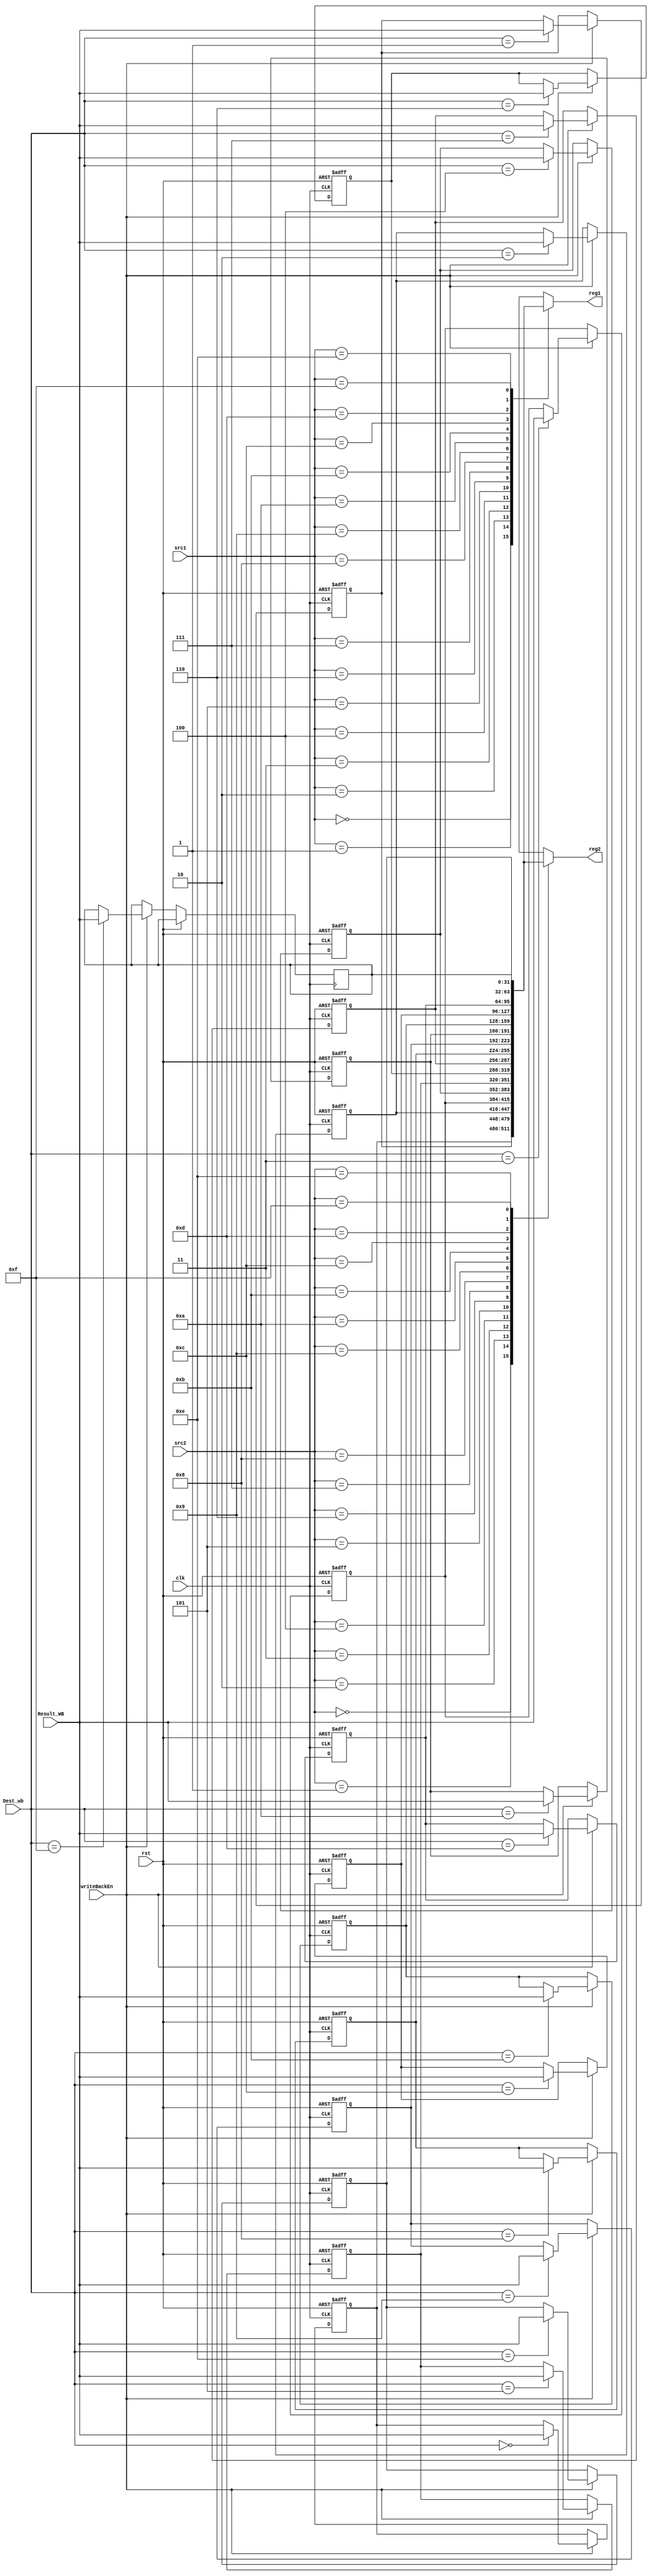
module RegisterFile (
    clk, rst,
    src1, src2, Dest_wb,
    Result_WB,
    writeBackEn,
    reg1, reg2
);
    input clk, rst;
    input [3:0] src1, src2, Dest_wb;
    input [31:0] Result_WB;
    input writeBackEn;
    output [31:0] reg1, reg2;

    reg [31:0] register_file[0:15];
    integer  i;

    assign reg1 = register_file[src1];
    assign reg2 = register_file[src2];

    always @(negedge clk, posedge rst) begin
        if (rst == 1'b1)
            for ( i=0 ; i<15 ; i=i+1 )  // reg 15 is for special purpose
                register_file[i] <= i;
        else if (writeBackEn == 1'b1)
            register_file[Dest_wb] <= Result_WB;
    end
    
endmodule